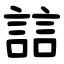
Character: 誩